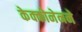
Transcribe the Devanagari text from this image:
केक्कोनेनने